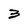
Character: 3